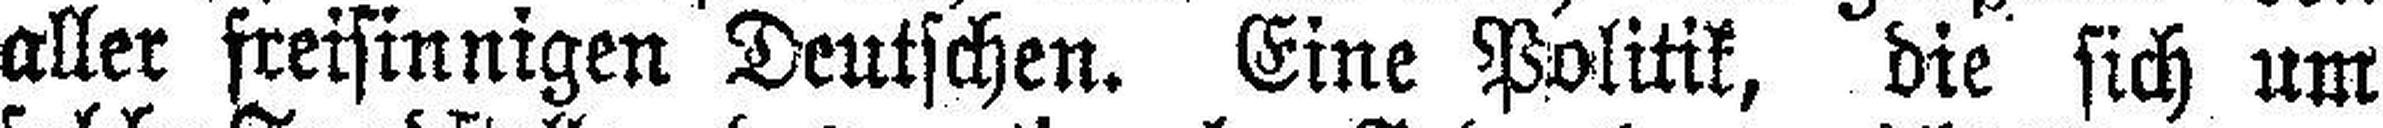
aller freisinnigen Deutschen. Eine Politik, die sich um